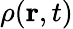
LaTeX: \rho(\mathbf{r},t)